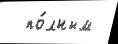
  по́лным